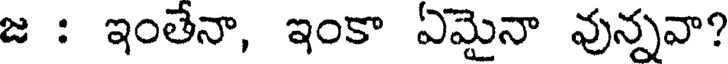
జ : ఇంతేనా, ఇంకా ఏమైనా వున్నవా?